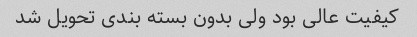
کیفیت عالی بود ولی بدون بسته بندی تحویل شد